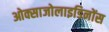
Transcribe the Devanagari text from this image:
ओक्साजोलाइडिनोंस